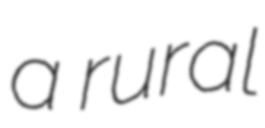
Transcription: a rural